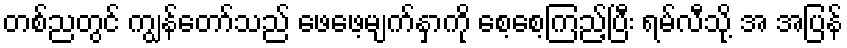
တစ်ညတွင် ကျွန်တော်သည် ဖေဖေ့မျက်နှာကို စေ့စေ့ကြည့်ပြီး ရမ်လီသို့ အ အပြန်